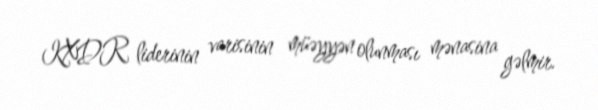
KXDR liderinin varisinin müəyyən olunması mənasina gəlmir.